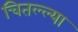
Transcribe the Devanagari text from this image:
चितल्ल्या